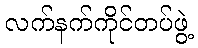
လက်နက်ကိုင်တပ်ဖွဲ့